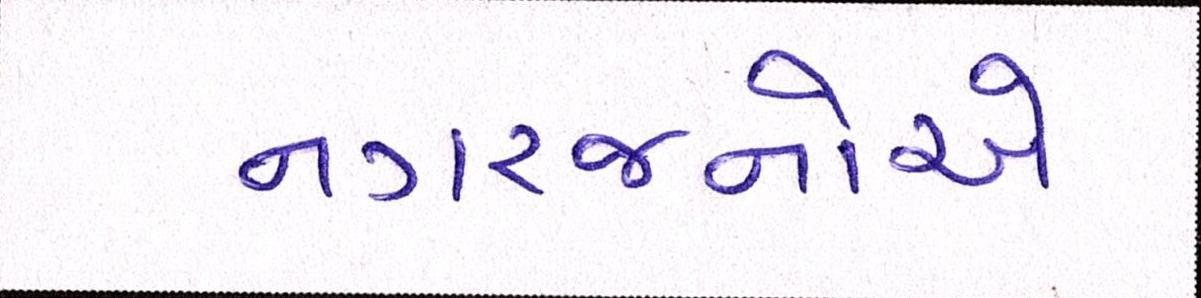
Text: નગરજનોએ